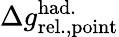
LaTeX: \Delta{g}_{\mathrm{rel.,point}}^{\mathrm{had.}}